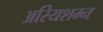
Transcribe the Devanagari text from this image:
अरियशम्न